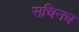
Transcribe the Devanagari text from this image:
सचिनच